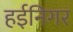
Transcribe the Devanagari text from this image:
हईनिगर